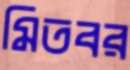
মিতবর